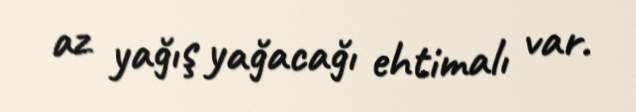
az yağış yağacağı ehtimalı var.